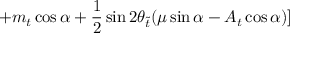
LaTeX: + m _ { t } \cos \alpha + \frac { 1 } { 2 } \sin 2 \theta _ { \widetilde { t } } ( \mu \sin \alpha - A _ { t } \cos \alpha ) ]